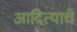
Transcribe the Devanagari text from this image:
आदित्याचे